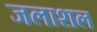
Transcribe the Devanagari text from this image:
जलाशल